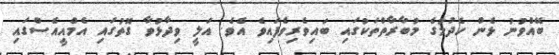
ބޭއްވުނު ޅެން ހެދުމުގެ މުބާރާތްތަކުގައި ބައިވެރިވެފައިވެ އެެވެ. އަލީ ވިދާޅުވާ ގޮތުގައި އެމްއީއެސްގައި